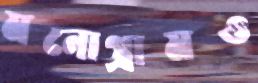
মনোগ্রামও